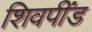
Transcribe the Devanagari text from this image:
शिवपींड